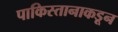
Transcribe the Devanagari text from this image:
पाकिस्तानाकडून